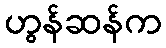
ဟွန်ဆန်က